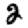
Digit: 2